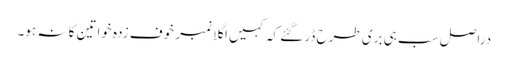
دراصل سب ہی بری طرح ڈر گئے کہ کہیں اگلا نمبر خوف زدہ خواتین کا نہ ہو۔